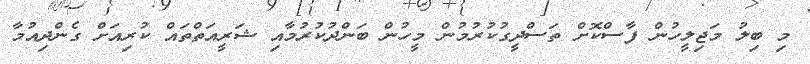
މި ބިލު މަޖިލީހުން ފާސްކޮށް ތަސްދީގުކުރުމުން މީހުން ބަންދުކުރުމާއި ޝަރީއަތްތައް ކުރިއަށް ގެންދިއުމާ